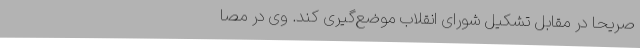
صریحاً در مقابل‌ تشکیل‌ شورای‌ انقلاب‌ موضع‌گیری‌ کند. وی‌ در مصا